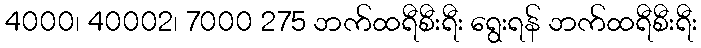
4000၊ 40002၊ 7000 275 ဘက်ထရီစီးရီး ရွေးရန် ဘက်ထရီစီးရီး